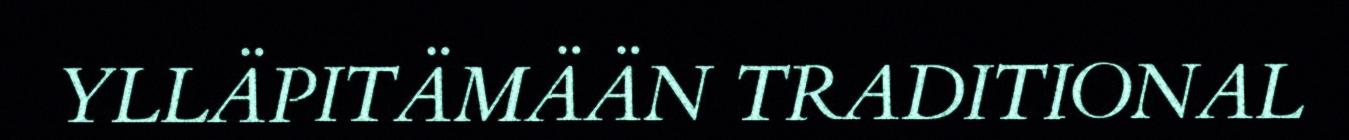
YLLÄPITÄMÄÄN TRADITIONAL